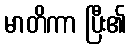
မာတိကာ ပြီး၏